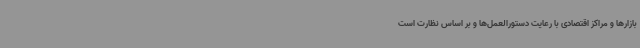
بازارها و مراکز اقتصادی با رعایت دستورالعمل‌ها و بر اساس نظارت است